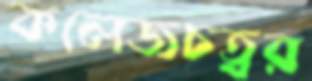
কলেজচত্বর